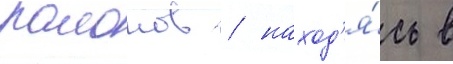
раионов / наход'я́сь в